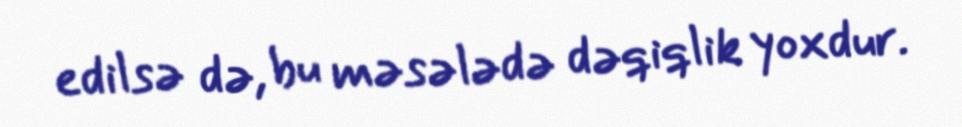
edilsə də, bu məsələdə dəqiqlik yoxdur.